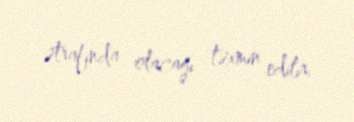
ətrafında olacağı təxmin edilir.